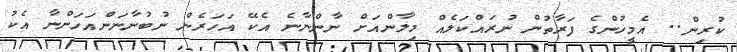
ކުރިން.. އެމީހުންގެ ފަރާތުން ނުރައްކަލެއް މިލާންއަށް ނާންނާނެ އެކޭ އަހަރެން ނުބުނާނަންއަހަންނާ އެކު